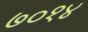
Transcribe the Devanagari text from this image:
७०१४